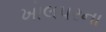
ખોલપરના